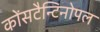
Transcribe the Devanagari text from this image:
कोंसटैन्टिनोपल